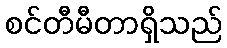
စင်တီမီတာရှိသည်